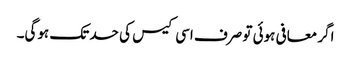
اگر معافی ہوئی تو صرف اسی کیس کی حد تک ہوگی۔